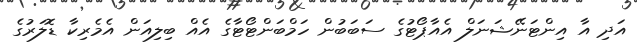
އަދި އާ އިންޓަނޭޝަނަލް އެއާޕޯޓުގެ ސަބަބުން ހަމްބަންޓޯޓާގެ އެއް ބިލިއަން އެމެރިކާ ޑޮލަރުގެ